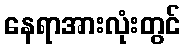
နေရာအားလုံးတွင်